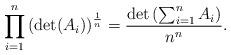
LaTeX: \begin{align*} \prod_{i=1}^{ n} \left( \det (A_i ) \right) ^\frac{1}{n} = \frac{\det \left(\sum_{i=1}^n A_i\right) }{n^n}.\end{align*}